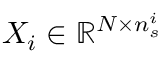
X _ { i } \in \mathbb { R } ^ { N \times n _ { s } ^ { i } }